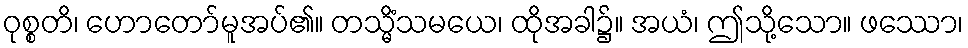
ဝုစ္စတိ၊ ဟောတော်မူအပ်၏။ တသ္မိံသမယေ၊ ထိုအခါ၌။ အယံ၊ ဤသို့သော။ ဖဿော၊